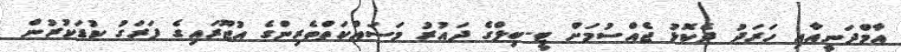
އާމްދަނީއާއި ހަރަދު ދެކޮޅު ޖެއްސުމަށް ޓީ-ބިލްގެ ދައުރު މަސައްކަތްތެރިންގެ އުޖޫރައިގެ ފަރަގު ކުޑަކުރުން